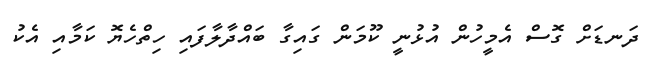
ދަނޑަށް ގޮސް އެމީހުން އުޅުނީ ކޫމަން ގައިގާ ބައްދާލާފައި ހިތްހެޔޮ ކަމާއި އެކު